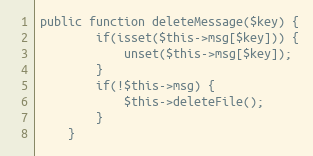
Language: PHP
public function deleteMessage($key) {
		if(isset($this->msg[$key])) {
			unset($this->msg[$key]);
		}
		if(!$this->msg) {
			$this->deleteFile();
		}
	}